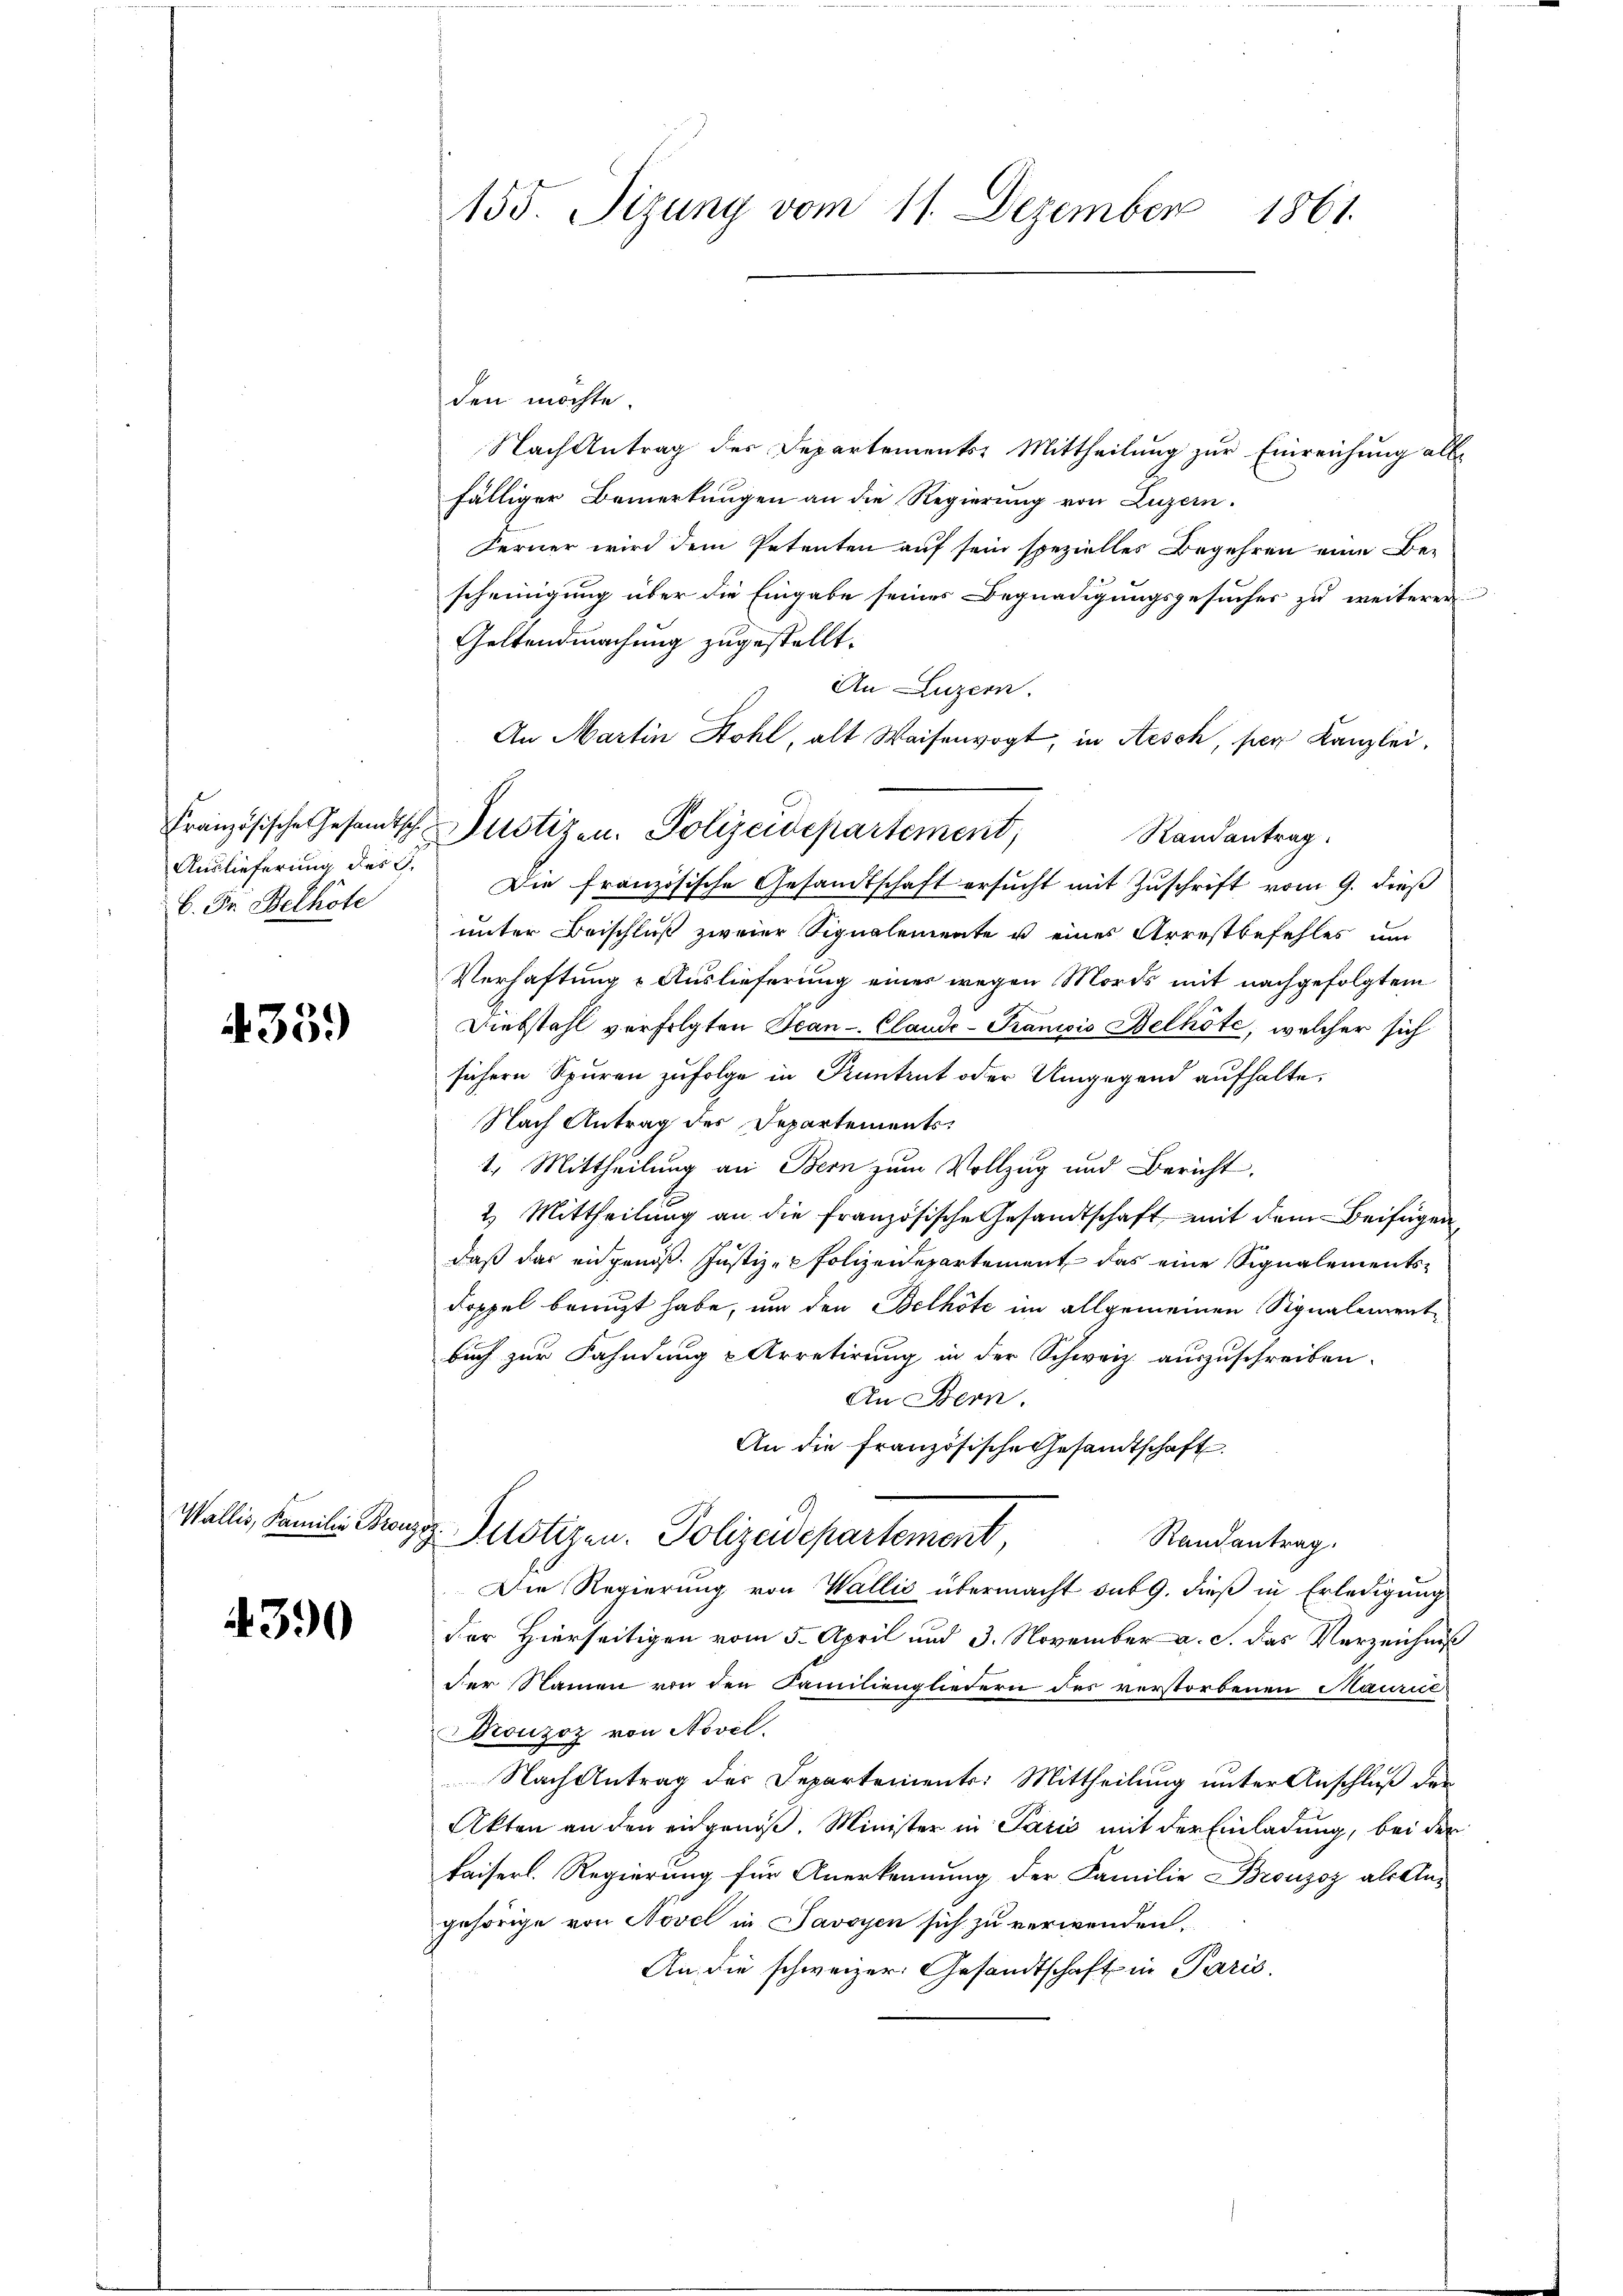
Auslieferung des G.
C. Fr. Belhöte

33.)

4390

155. Tizung vom 11. Dezember 1861.

den möchte.
Nach Antrag des Departements: Mittheilung zur Einreichung allfälliger Bemerkungen an die Regierung von Luzern.
Ferner wird dem Petenten auf sein spezielles Begehren eine Bescheinigung über die Eingabe seines Begnadigungsgesuches zu weiterer
Geltendmachung zugestellt.
An Luzern.
An Martin Stohl, alt Waisenvogt, in Aesch, per Kanzlei,
Die französische Gesandtschaft ersucht mit Zuschrift vom 9. dieß
unter Beischluß zweier Signalemente u eines Arrestbefehles um
Verhaftung & Auslieferung eines wegen Mords mit nachgefolgtem
Diebstahl verfolgten Jean Claude - Traniis Belhöte, welcher sich
sichern Spuren zufolge in Kuntrut oder Umgegend aufhalte,
Nach Antrag des Departements¬
1. Mittheilung an Bern zum Vollzug und Bericht.
2. Mittheilung an die französische Gesandtschaft, mit dem Beifügen,
daß das eidgenöß. Justiz-Polizeidepartement das eine Signalements¬
Doppel benuzt habe, um den Belhöte im allgemeinen Signalement
buch zur Fahndung u Arretirung in der Schweiz. auszuschreiben.
An Bern.
An die französische Gesandtschaft
Wallis, Familie Bronzes. Pilotizen. Polizeidepartement,
Randantrag.
Die Regierung von Wallis übermacht sub 9. dieß in Erledigung
der Hierseitigen vom 5. April und 3. November a. c. das Verzeichniß
der Namen von den Familiengliedern des verstorbenen Maurice
Dronzoz von Novel.
Nach Antrag des Departements: Mittheilung unter Anschluß der
Akten an den eingenoß. Minister in Paris mit der Einladung, bei der
kaiserl. Regierung für Anerkennung der Familie Bronzoz als Angehörige von Novel in Savoyen sich zu verwenden,
An die schweizer. Gesandtschaft in Paris.

Französische Gesandtsche Justizen. Polizeidepartement, Randantrag.